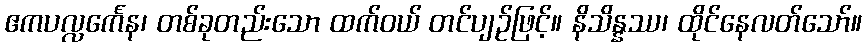
ဧကပလ္လင်္ကေန၊ တစ်ခုတည်းသော ထက်ဝယ် တင်ပျဉ်ဖြင့်။ နိသိန္နဿ၊ ထိုင်နေလတ်သော်။